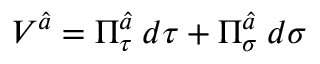
V ^ { \widehat { a } } = \Pi _ { \tau } ^ { \widehat { a } } \: d \tau + \Pi _ { \sigma } ^ { \widehat { a } } \: d \sigma